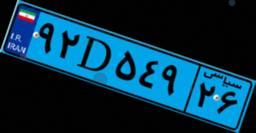
۹۲D۵۴۹۲۶